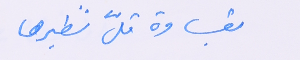
بقساوة قلّ نظيرها